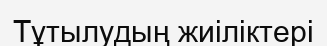
Тұтылудың жиіліктері